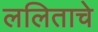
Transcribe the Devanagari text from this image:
ललिताचे